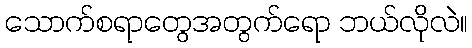
သောက်စရာတွေအတွက်ရော ဘယ်လိုလဲ။